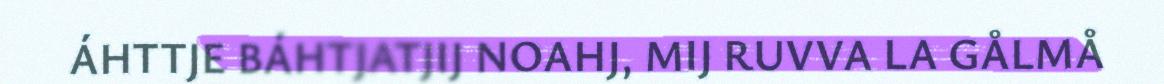
ÁHTTJE BÁHTJATJIJ NOAHJ, MIJ RUVVA LA GÅLMÅ